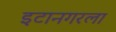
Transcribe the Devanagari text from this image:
इटानगरला